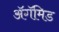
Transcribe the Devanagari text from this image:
ॲगॅमिड